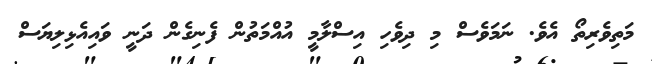
މަތިވެރިތޯ އެވެ. ނަމަވެސް މި ދިވެހި އިސްލާމީ އުއްމަތުން ފެނިގެން ދަނީ ވައިއެޅިލިޔަސް